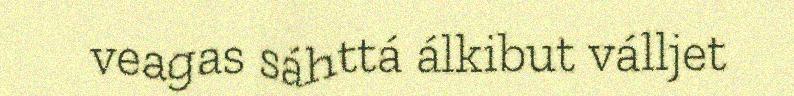
veagas sáhttá álkibut válljet